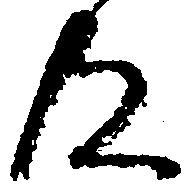
及